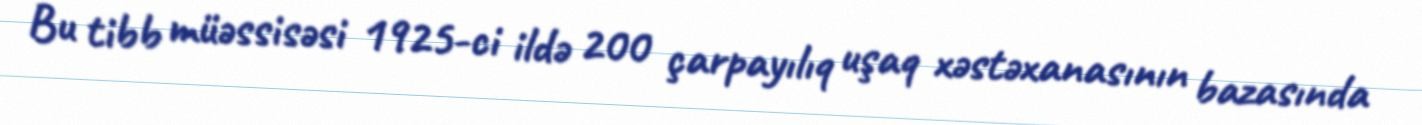
Bu tibb müəssisəsi 1925-ci ildə 200 çarpayılıq uşaq xəstəxanasının bazasında